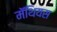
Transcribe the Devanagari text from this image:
मॅथियस